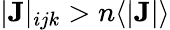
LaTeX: |\mathbf{J}|_{ijk}>n\langle|\mathbf{J}|\rangle